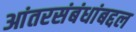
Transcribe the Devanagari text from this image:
आंतरसंबंधांबद्दल